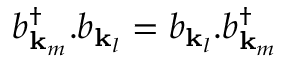
b _ { \mathbf { k } _ { m } } ^ { \dagger } . b _ { \mathbf { k } _ { l } } = b _ { \mathbf { k } _ { l } } . b _ { \mathbf { k } _ { m } } ^ { \dagger }